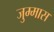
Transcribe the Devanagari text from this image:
जुम्मास